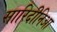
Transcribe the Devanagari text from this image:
सारिदीनिआ